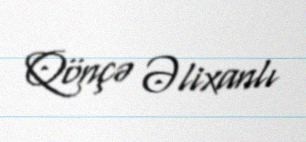
Qönçə Əlixanlı